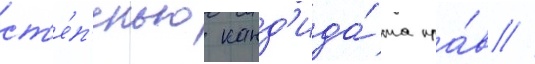
ст'е́п'енью канд'ида́та пра́в //